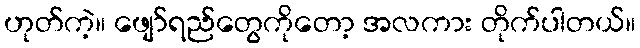
ဟုတ်ကဲ့။ ဖျော်ရည်တွေကိုတော့ အလကား တိုက်ပါတယ်။